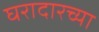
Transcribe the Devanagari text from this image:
घरादारच्या